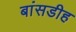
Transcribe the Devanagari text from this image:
बांसडीह